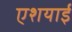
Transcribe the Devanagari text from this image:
एशयाई